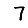
Digit: 7